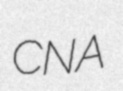
CNA